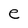
Character: e